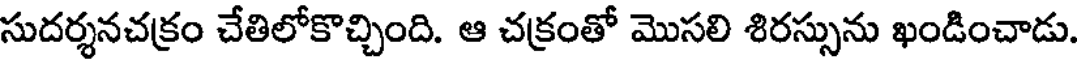
సుదర్శనచక్రం చేతిలోకొచ్చింది. ఆ చక్రంతో మొసలి శిరస్సును ఖండించాడు.